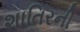
શાતિરની